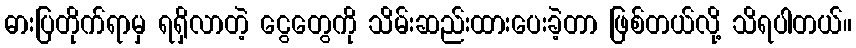
ဓားပြတိုက်ရာမှ ရရှိလာတဲ့ ငွေတွေကို သိမ်းဆည်းထားပေးခဲ့တာ ဖြစ်တယ်လို့ သိရပါတယ်။